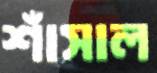
শাঁসাল